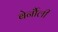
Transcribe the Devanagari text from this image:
बेर्नौली